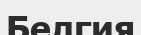
Белгия